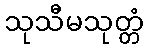
သုသီမသုတ္တံ